Annual report on the Civil Veterinary Department, Burma (including the Insein Veterinary School) - 1932-1941
Year: 1932
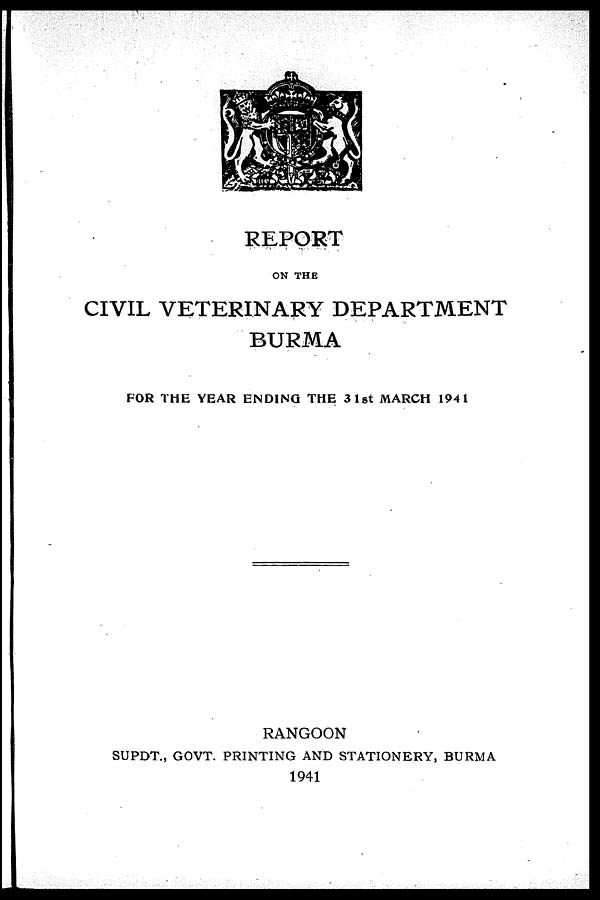
REPORT
ON THE
CIVIL VETERINARY DEPARTMENT
BURMA
FOR THE YEAR ENDING THE 3 1st MARCH 1941
RANGOON
SUPDT., GOVT. PRINTING AND STATIONERY, BURMA
1941